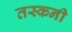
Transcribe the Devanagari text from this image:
तस्कनी